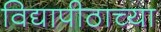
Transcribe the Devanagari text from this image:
विद्यापीठाच्‍या